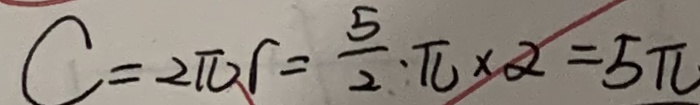
C = 2 \pi r = \frac { 5 } { 2 } \cdot \pi \times 2 = 5 \pi